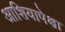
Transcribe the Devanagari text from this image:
आशियापेक्षा